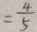
= \frac { 4 } { 5 }